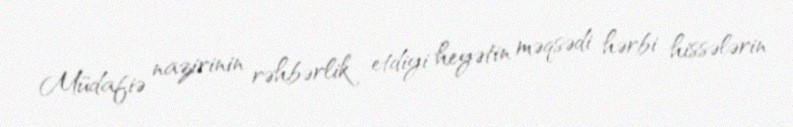
Müdafiə nazirinin rəhbərlik etdiyi heyətin məqsədi hərbi hissələrin